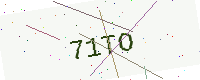
Text: 71TO